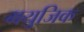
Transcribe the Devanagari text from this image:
मयुजिक